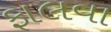
ફાલવા